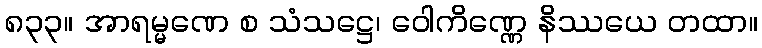
၈၃၃။ အာရမ္မဏေ စ သံသဋ္ဌေ၊ ဝေါကိဏ္ဏေ နိဿယေ တထာ။